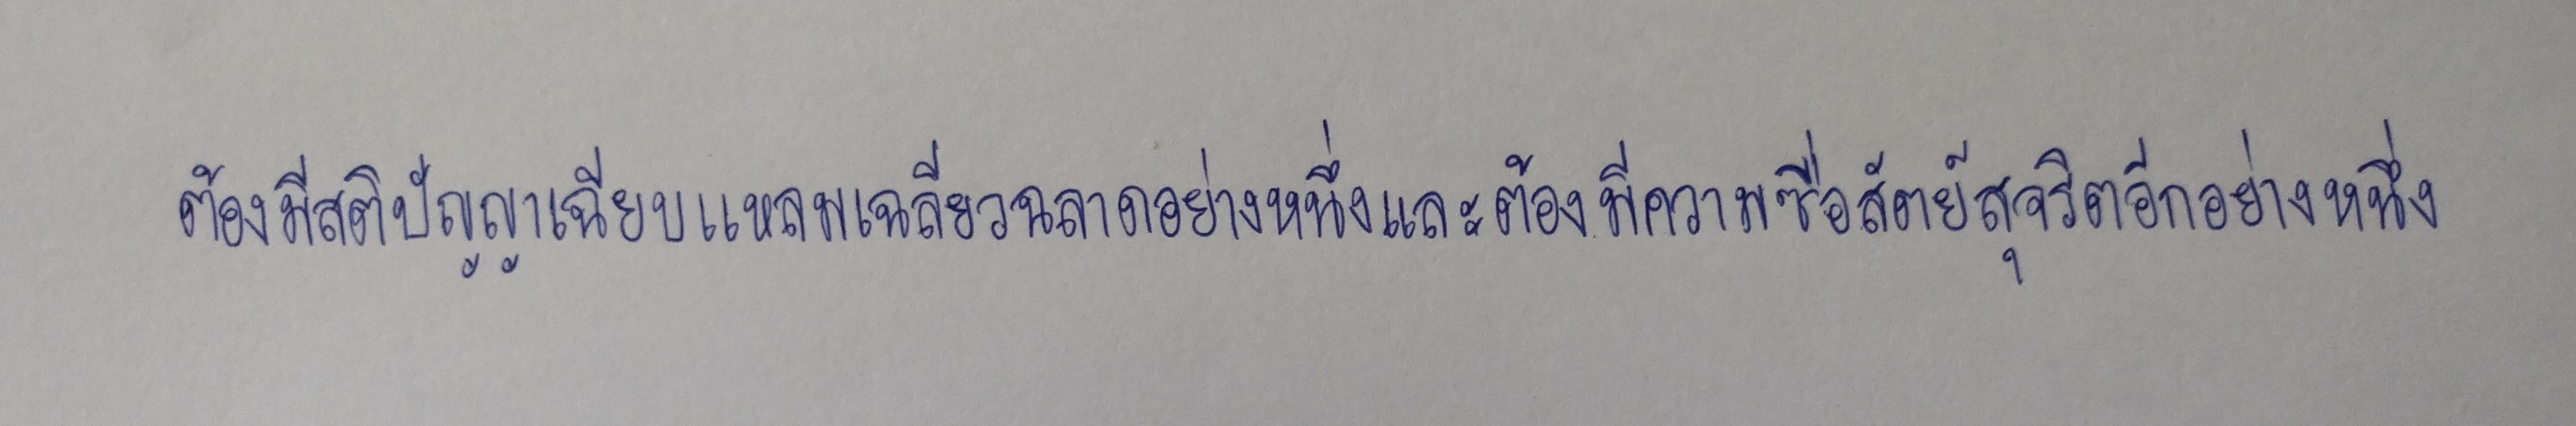
ต้องมีสติปัญญาเฉียบแหลมเฉลียวฉลาดอย่างหนึ่งและต้องมีความซื่อสัตย์สุจริตอีกอย่างหนึ่ง?